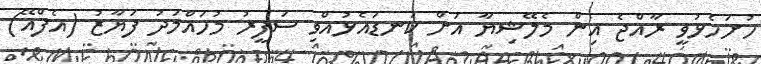
ހުށަހެޅުވީ ރާއްޖެ އިން މެލޭޝިޔާ އަށް ކަނޑައެޅުއްވި ސަފީރު މުހައްމަދު ފަޔާޒު (އެފްއޭ)